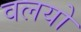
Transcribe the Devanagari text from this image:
वलयो